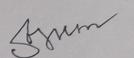
Signature authenticity: forged